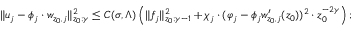
\begin{array} { r } { \| u _ { j } - \phi _ { j } \cdot w _ { z _ { 0 } , j } \| _ { z _ { 0 } ; \gamma } ^ { 2 } \leq C ( \sigma , \Lambda ) \left( \| f _ { j } \| _ { z _ { 0 } ; \gamma - 1 } ^ { 2 } + \chi _ { j } \cdot ( \varphi _ { j } - \phi _ { j } w _ { z _ { 0 } , j } ^ { \prime } ( z _ { 0 } ) ) ^ { 2 } \cdot z _ { 0 } ^ { - 2 \gamma } \right) ; } \end{array}